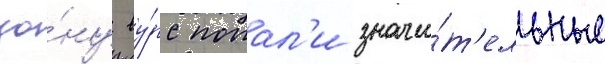
зо́ну ву́рс попал'и значи́т'ельные